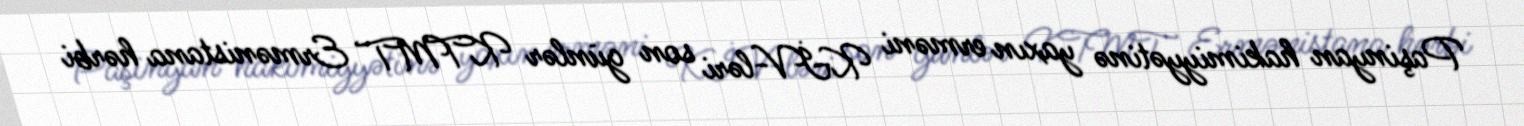
Paşinyan hakimiyyətinə yaxın erməni KİV-ləri son günlər KTMT Ermənistana hərbi